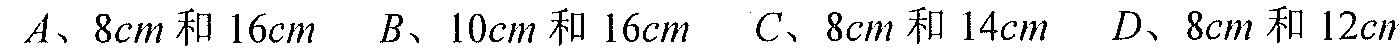
\(A、8cm和16cm\)  \(B、10cm和16cm\)  \(C、8cm和14cm\)  \(D、8cm和12cm\)